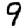
Digit: 9